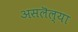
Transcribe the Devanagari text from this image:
असलॆल्या